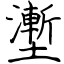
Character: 壍